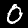
Digit: 0